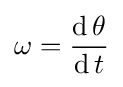
\omega ={\frac {\operatorname {d} \theta }{\operatorname {d} t}}